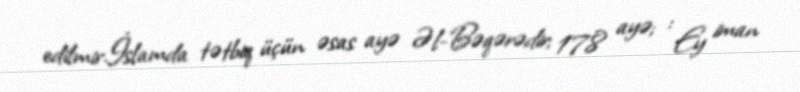
edilmir.İslamda tətbiq üçün əsas ayə Əl-Bəqərədir; 178 ayə; : Ey iman